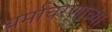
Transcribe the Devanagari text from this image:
धर्माचरणाच्या